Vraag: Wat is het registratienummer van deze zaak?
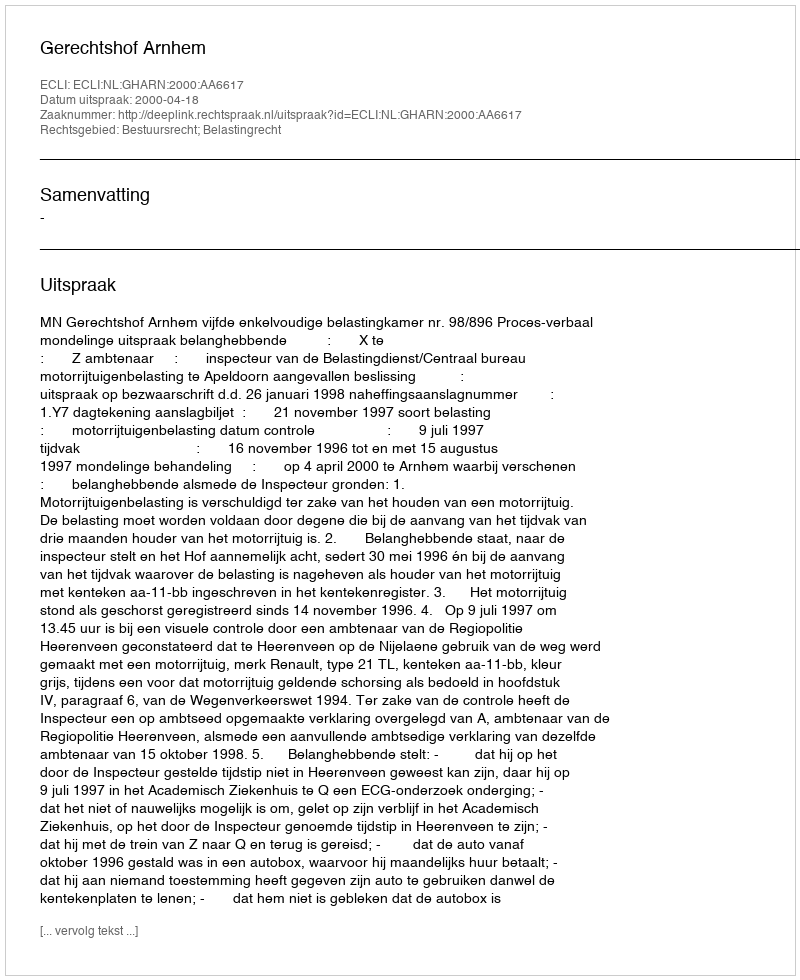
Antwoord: http://deeplink.rechtspraak.nl/uitspraak?id=ECLI:NL:GHARN:2000:AA6617